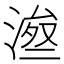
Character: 𱧫